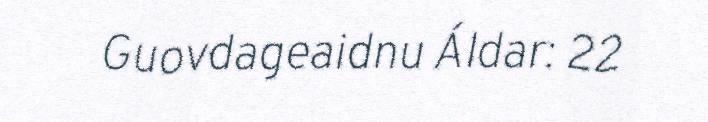
Guovdageaidnu Áldar: 22